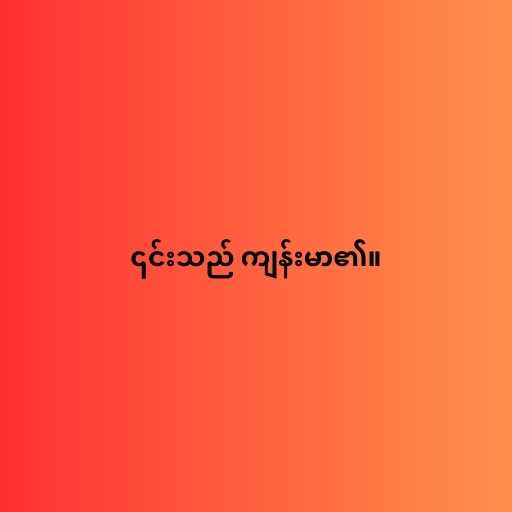
၎င်းသည် ကျန်းမာ၏။